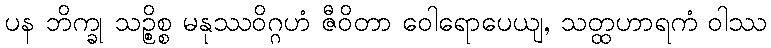
ပန ဘိက္ခု သဉ္စိစ္စ မနုဿဝိဂ္ဂဟံ ဇီဝိတာ ဝေါရောပေယျ, သတ္ထဟာရကံ ဝါဿ